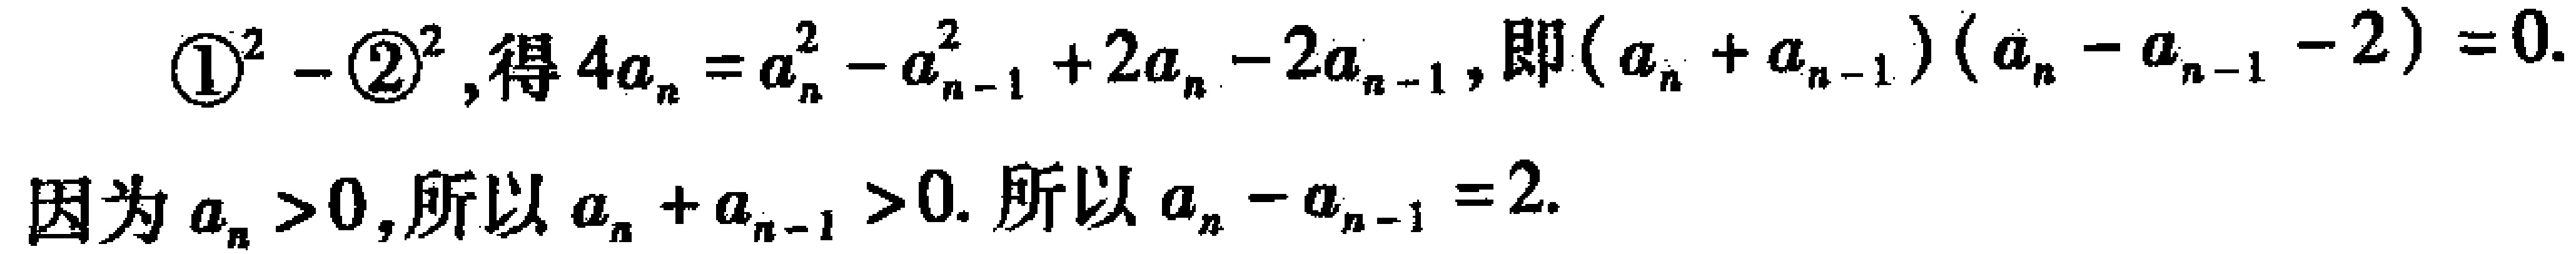
\[
\begin{align*}
\textcircled{1}^2 - \textcircled{2}^2,\text{ 得 }4a_{n}&=a_{n}^{2}-a_{n - 1}^{2}+2a_{n}-2a_{n - 1},\text{ 即 }(a_{n}+a_{n - 1})(a_{n}-a_{n - 1}-2)=0.\\
\text{因为 }a_{n}&>0,\text{ 所以 }a_{n}+a_{n - 1}>0.\text{ 所以 }a_{n}-a_{n - 1}=2.
\end{align*}
\]